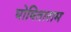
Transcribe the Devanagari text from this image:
घोषिताराम